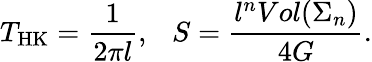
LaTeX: T_{\mathrm{HK}}=\frac{1}{2\pi l},\ \ \ S=\frac{l^{n}Vol(\Sigma_{n})}{4G}.